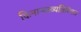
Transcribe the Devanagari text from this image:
किनाऱ्याव्यतिरिक्त